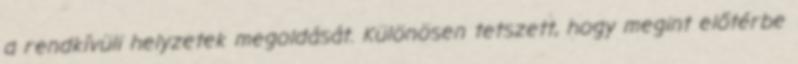
a rendkívüli helyzetek megoldását. Különösen tetszett, hogy megint előtérbe